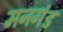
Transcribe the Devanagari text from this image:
मनगंड